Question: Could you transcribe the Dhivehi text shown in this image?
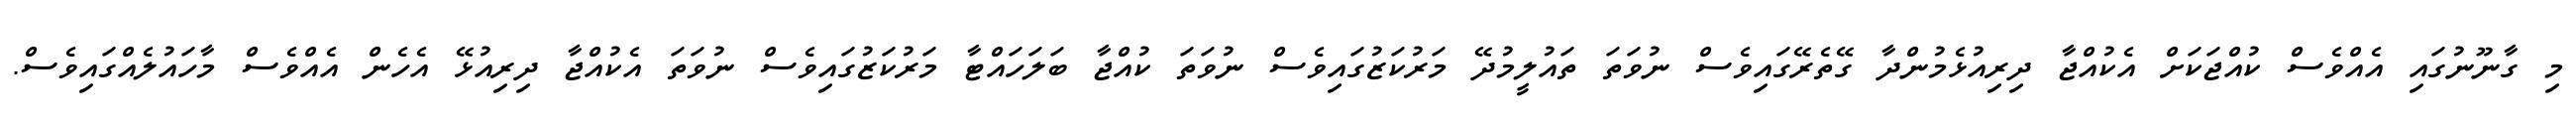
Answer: މި ގާނޫނުގައި އެއްވެސް ކުއްޖަކަށް އެކުއްޖާ ދިރިއުޅެމުންދާ ގޭތެރޭގައިވެސް ނުވަތަ ތައުލީމުދޭ މަރުކަޒުގައިވެސް ނުވަތަ ކުއްޖާ ބަލަހައްޓާ މަރުކަޒުގައިވެސް ނުވަތަ އެކުއްޖާ ދިރިއުޅޭ އެހެން އެއްވެސް މާހައުލެއްގައިވެސް.